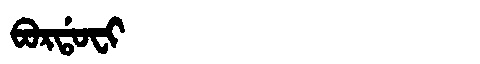
Manchu: ᠪᠣᡵᡩᠣᠸᡳ
Romanization: BORDOFI